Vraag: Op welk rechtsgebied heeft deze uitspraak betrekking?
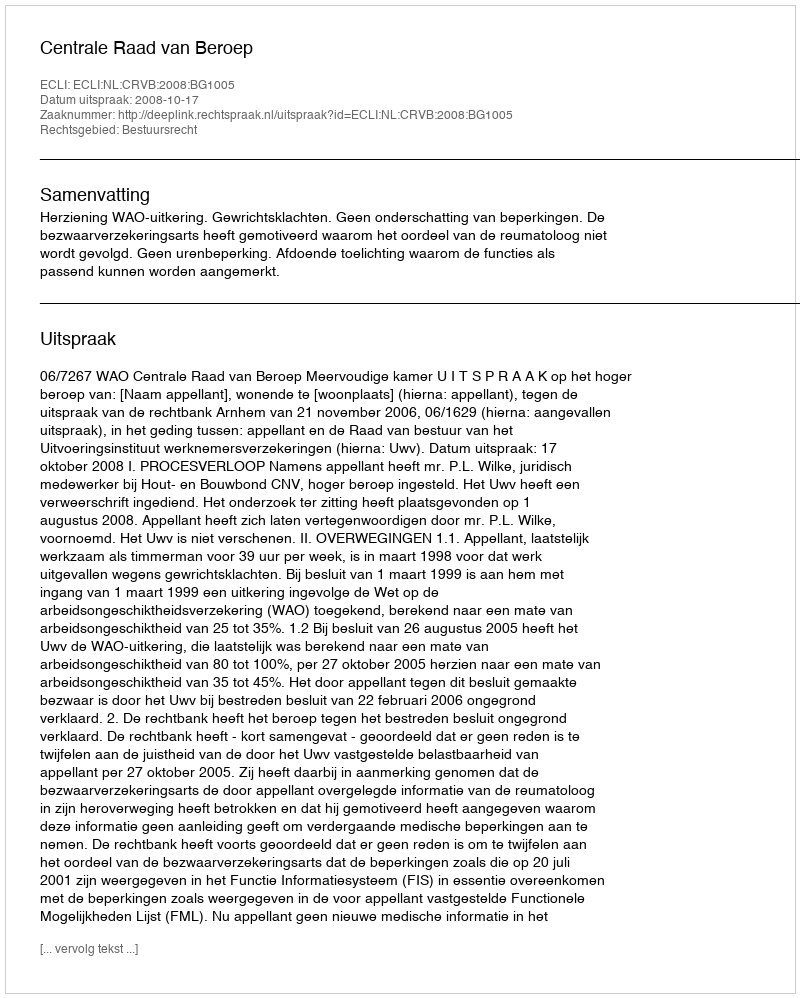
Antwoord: Bestuursrecht